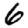
Digit: 6